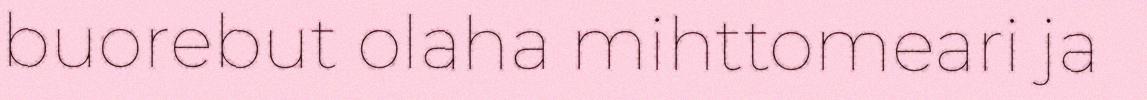
buorebut olaha mihttomeari ja